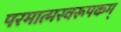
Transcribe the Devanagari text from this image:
परमात्मस्वरूपकम्